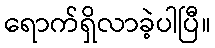
ရောက်ရှိလာခဲ့ပါပြီ။